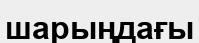
шарыңдағы